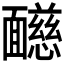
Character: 𩉋